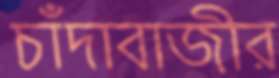
চাঁদাবাজীর